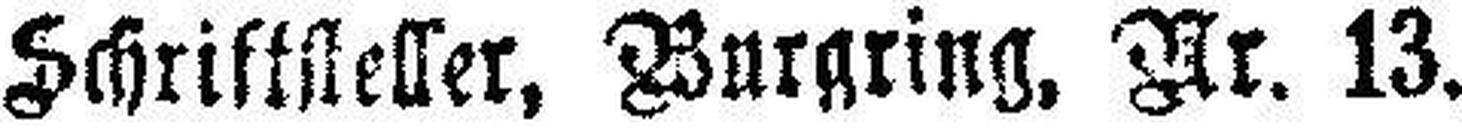
Schriftsteller, Burgring. Nr. 13.